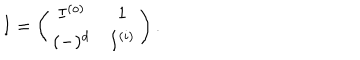
I = \left( \begin{array} { c c } { { I ^ { ( o ) } } } & { { 1 } } \\ { { ( - ) ^ { d } } } & { { I ^ { ( i ) } } } \\ \end{array} \right) .